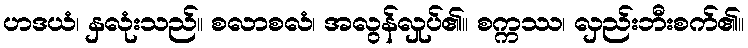
ဟဒယံ၊ နှလုံးသည်။ စလာစလံ၊ အလွန်လှုပ်၏။ စက္ကဿ၊ လှည်းဘီးစက်၏။